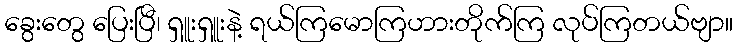
ခွေးတွေ ပြေးပြီ၊ ရှူးရှူးနဲ့ ရယ်ကြမောကြဟားတိုက်ကြ လုပ်ကြတယ်ဗျာ။